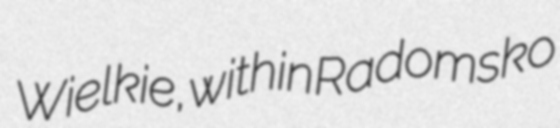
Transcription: Wielkie, within Radomsko